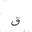
Letter: _qaf